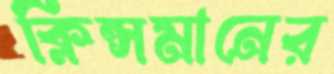
ক্লিন্সমানের